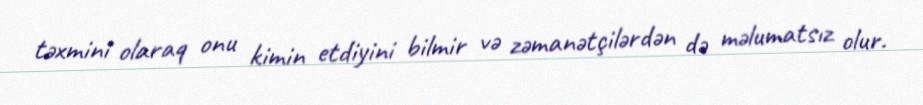
təxmini olaraq onu kimin etdiyini bilmir və zəmanətçilərdən də məlumatsız olur.